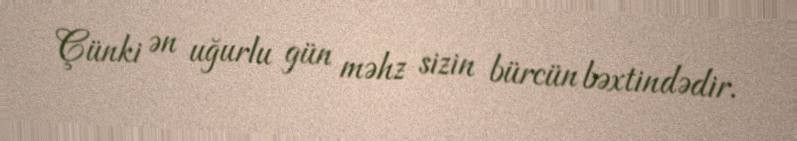
Çünki ən uğurlu gün məhz sizin bürcün bəxtindədir.